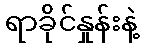
ရာခိုင်နှုန်းနဲ့